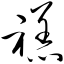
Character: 禚